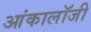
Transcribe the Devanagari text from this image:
आंकालॉजी